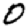
Digit: 0